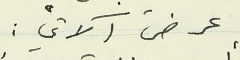
عرض آلاتي :